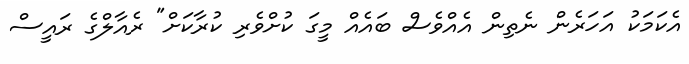
އެކަމަކު އަހަރެން ނެތިން އެއްވެސް ބައެއް މީގަ ކުށްވެރި ކުރާކަށް" ރެއާލްގެ ރައީސް